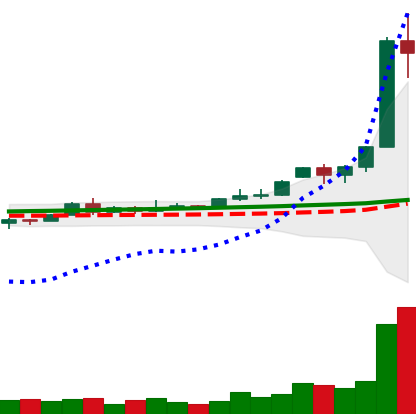
Ticker: XRP-USD
Chart end date: 2020-11-22
Forward return: 26.046%
Label: up_7plus